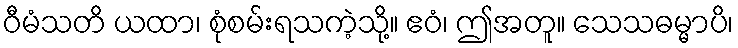
ဝီမံသတိ ယထာ၊ စုံစမ်းရသကဲ့သို့။ ဧဝံ၊ ဤအတူ။ သေသဓမ္မာပိ၊